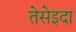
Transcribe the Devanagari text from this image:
तेसेइदा